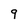
Character: 9